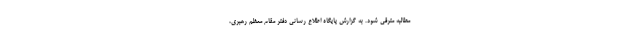
مطالبه مترقی شود. به گزارش پایگاه اطلاع رسانی دفتر مقام معظم رهبری،